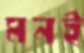
মনই